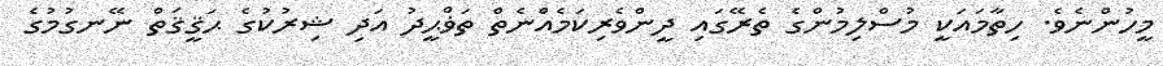
މީހުންނެވެ. ހިތާމައަކީ މުސްލިމުންގެ ތެރޭގައި ދީންވެރިކަމެއްނެތް ތަޥްޙީދު އަދި ޝިރުކުގެ ޙަޤީޤަތް ނޭނގުމުގެ